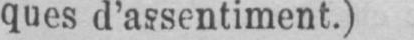
ques d’assentiment.)